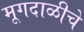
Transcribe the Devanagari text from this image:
मूगदाळीचे